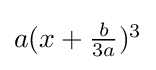
\textstyle a(x+{\frac {b}{3a}})^{3}